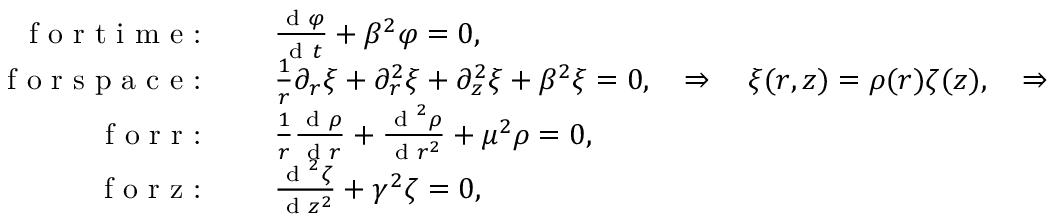
\begin{array} { r l } { \textrm { f o r t i m e : } \quad } & { \frac { \textrm { d } \varphi } { \textrm { d } t } + \beta ^ { 2 } \varphi = 0 , } \\ { \textrm { f o r s p a c e : } \quad } & { \frac { 1 } { r } \partial _ { r } \xi + \partial _ { r } ^ { 2 } \xi + \partial _ { z } ^ { 2 } \xi + \beta ^ { 2 } \xi = 0 , \quad \Rightarrow \quad \xi ( r , z ) = \rho ( r ) \zeta ( z ) , \quad \Rightarrow } \\ { \textrm { f o r r : } \quad } & { \frac { 1 } { r } \frac { \textrm { d } \rho } { \textrm { d } r } + \frac { \textrm { d } ^ { 2 } \rho } { \textrm { d } r ^ { 2 } } + \mu ^ { 2 } \rho = 0 , } \\ { \textrm { f o r z : } \quad } & { \frac { \textrm { d } ^ { 2 } \zeta } { \textrm { d } z ^ { 2 } } + \gamma ^ { 2 } \zeta = 0 , } \end{array}